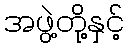
အဖွဲ့တို့နှင့်